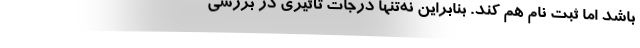
باشد اما ثبت نام هم کند.‌ بنابراین نه‌تنها درجات تأثیری در بررسی